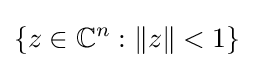
\left\{z\in \mathbb {C} ^{n}:\|z\|<1\right\}